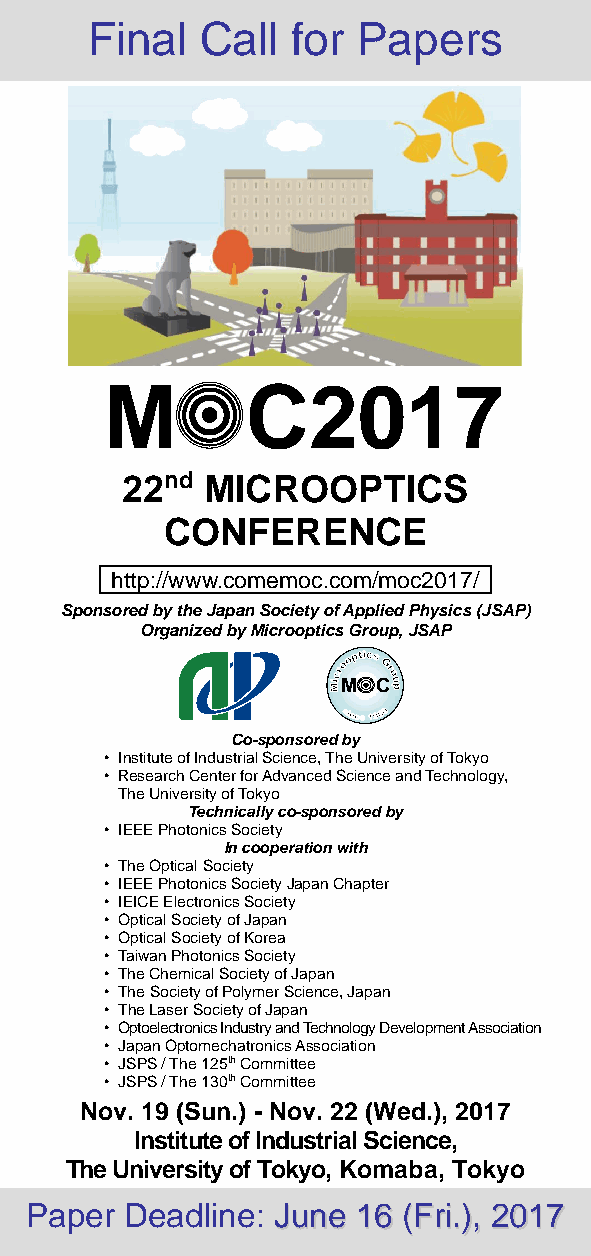
Final   Call  for Papers
 M         C2017
 22nd MICROOPTICS
 CONFERENCE
 http://www.comemoc.com/moc2017/
 Sponsored by the Japan Society of Applied Physics (JSAP)
 Organized by Microoptics Group, JSAP
 M C
 Co-spons ored by
 • Institute of Industrial Science, The University of Tokyo
 • Research Center for Advanced Science and Technology,
 The University of Tokyo
 Technically co-sponsored by
 • IEEE Photonics Society
 In cooperation with
 • The Optical Society
 • IEEE Photonics Society Japan Chapter
 • IEICE Electronics Society
 • Optical Society of Japan
 • Optical Society of Korea
 • Taiwan Photonics Society
 • The Chemical Society of Japan
 • The Society of Polymer Science, Japan
 • The Laser Society of Japan
 • Optoelectronics Industry and Technology Development Association
 • Japan Optomechatronics Association
 • JSPS / The 125th Committee
 • JSPS / The 130th Committee
 Nov. 19 (Sun.) - Nov. 22 (Wed.), 2017
 Institute of Industrial Science,
 The University of Tokyo, Komaba, Tokyo
 Paper  Deadline: JJuunnee 1166 ((FFrrii..)),, 22001177